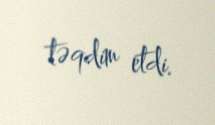
təqdim etdi.